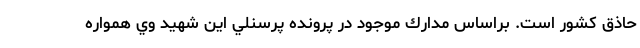
حاذق كشور است. براساس مدارك موجود در پرونده پرسنلي اين شهيد وي همواره